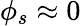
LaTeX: \phi_{s}\approx 0